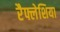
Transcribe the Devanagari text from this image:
रैफ्लेशिया